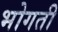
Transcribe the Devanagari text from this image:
भोगती